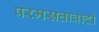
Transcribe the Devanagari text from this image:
परमसत्तावादी